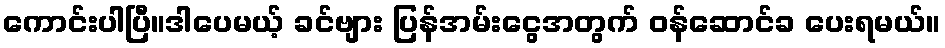
ကောင်းပါပြီ။ဒါပေမယ့် ခင်ဗျား ပြန်အမ်းငွေအတွက် ဝန်ဆောင်ခ ပေးရမယ်။